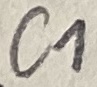
Text: C1